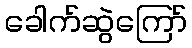
ခေါက်ဆွဲကြော်